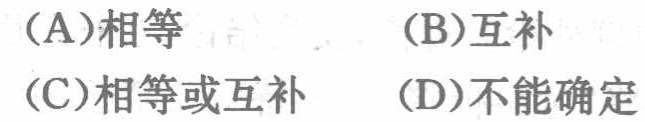
(A)相等  (B)互补  (C)相等或互补  (D)不能确定